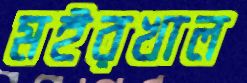
মইরখাল